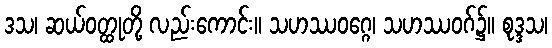
ဒသ၊ ဆယ်ဝတ္ထုတို့ လည်းကောင်း။ သဟဿဝဂ္ဂေ၊ သဟဿဝဂ်၌။ စုဒ္ဒသ၊